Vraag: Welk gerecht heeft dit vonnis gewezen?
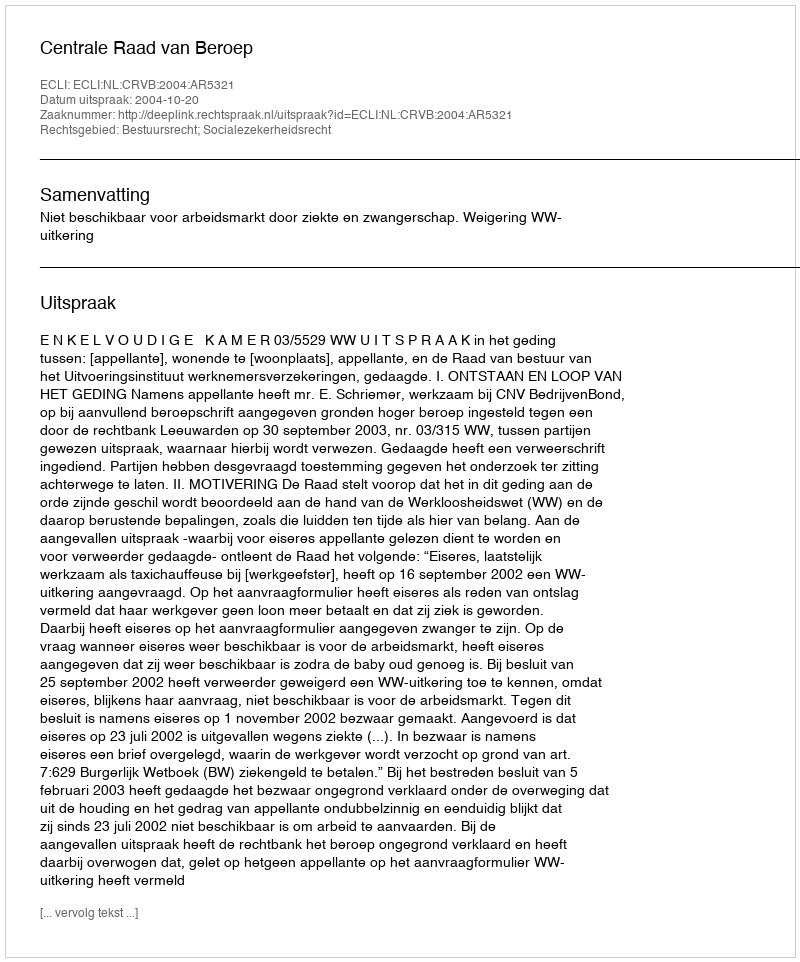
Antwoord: Centrale Raad van Beroep